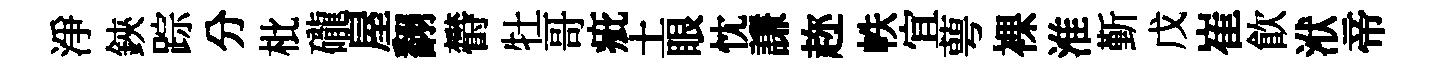
淨鋏踪分枇礲屋翻欎牡哥疵土眼忱謙趂帙宜萼裸淮斳戊崔飮洑帝